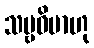
သဗ္ဗဓိမာဟု